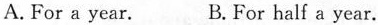
A. For a year. B. For half a year.